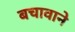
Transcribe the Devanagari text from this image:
बचावाने